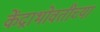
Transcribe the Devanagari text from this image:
केंद्राभोवतीच्या